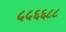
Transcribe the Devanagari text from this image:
५५६६८८